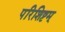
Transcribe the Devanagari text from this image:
परिशिष्टम्